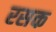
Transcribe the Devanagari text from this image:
रसक